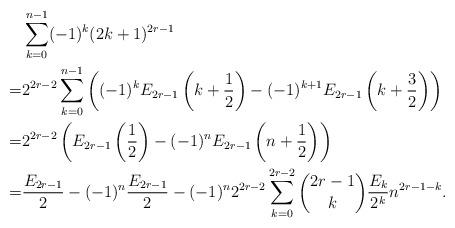
LaTeX: \begin{align*} &\sum_{k=0}^{n-1}(-1)^k(2k+1)^{2r-1} \\=&2^{2r-2}\sum_{k=0}^{n-1}\left((-1)^kE_{2r-1}\left(k+\frac12\right)-(-1)^{k+1}E_{2r-1}\left(k+\frac32\right)\right) \\=&2^{2r-2}\left(E_{2r-1}\left(\frac12\right)-(-1)^nE_{2r-1}\left(n+\frac12\right)\right) \\=&\frac{E_{2r-1}}2-(-1)^n\frac{E_{2r-1}}2-(-1)^n2^{2r-2}\sum_{k=0}^{2r-2}\binom{2r-1}k\frac{E_k}{2^k}n^{2r-1-k}.\end{align*}